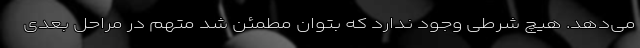
می‌دهد. هیچ شرطی وجود ندارد که بتوان مطمئن شد متهم در مراحل بعدی